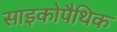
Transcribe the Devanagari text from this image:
साइकोपैथिक